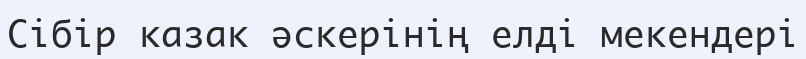
Сібір казак әскерінің елді мекендері